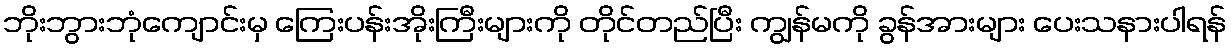
ဘိုးဘွားဘုံကျောင်းမှ ကြေးပန်းအိုးကြီးများကို တိုင်တည်ပြီး ကျွန်မကို ခွန်အားများ ပေးသနားပါရန်